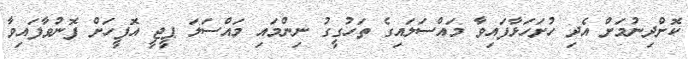
ކޮށްދިނުމަށް އެދި ހުށަހަޅާފައިވާ މައްސަލައިގެ ތަހުގީގު ނިންމައި މައްސަލަ ޕީޖީ އޮފީހަށް ފޮނުވާފައިވާ